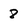
Character: 8